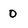
Character: 0